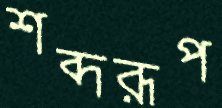
শব্দরূপ